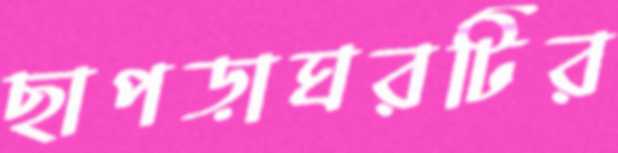
ছাপড়াঘরটির